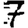
Digit: 7